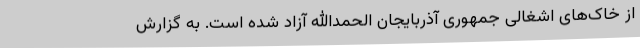
از خاک‌های اشغالی جمهوری آذربایجان الحمدالله آزاد شده است. به گزارش